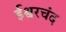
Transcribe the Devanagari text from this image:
ईश्वरचंद